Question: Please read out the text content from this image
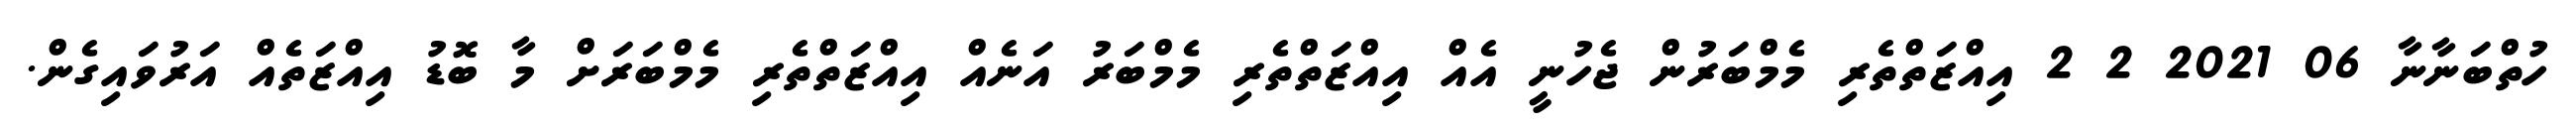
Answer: ހުތްބަނާނާ 06 2021 2 2 އިއްޒަތްތެރި މެމްބަރުން ޖެހުނީ އެއް އިއްޒަތްތެރި މެމްބަރު އަނެއް އިއްޒަތްތެރި މެމްބަރަށް މާ ބޮޑު އިއްޒަތެއް އަރުވައިގެން.